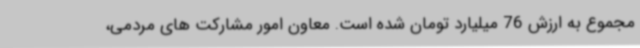
مجموع به ارزش 76 میلیارد تومان شده است. معاون امور مشارکت های مردمی،